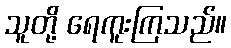
သူတို့ ရေကူးကြသည်။